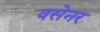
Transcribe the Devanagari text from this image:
वसेनर